Indian journal of veterinary science and animal husbandry - Volume 14,
Year: 1944
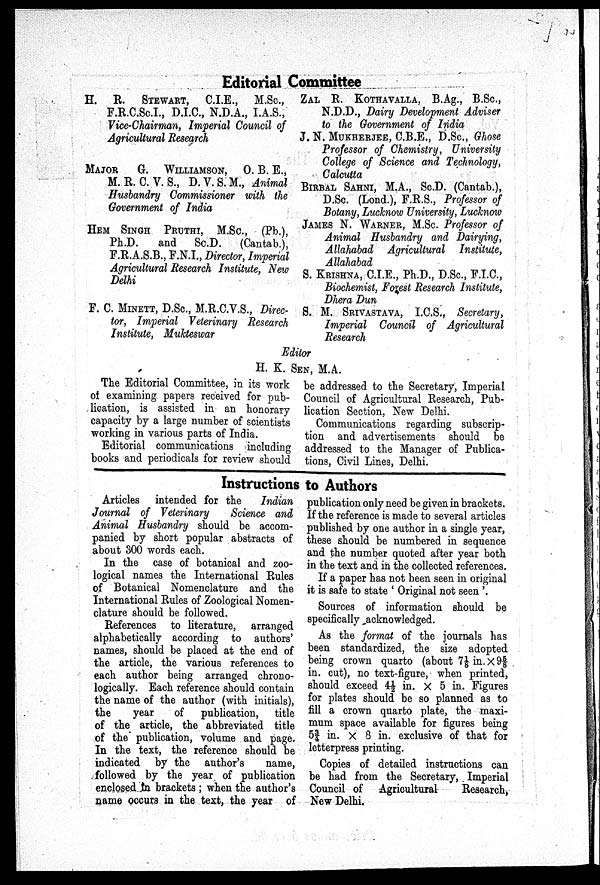
Editorial Committee
H. R.
STEWART,
C.I.E., M.Sc.,
F.R.C.Sc.I., D.I.C., N.D.A., I.A.S.,
Vice-chairman, Imperial Council of
Agricultural Research
MAJOR
G.
WILLIAMSON, O. B. E.,
M. R. C.V.S., D.V.S.M., Animal
Husbandry Commissioner with the
Government of India
HEM SINGH PRUTHI, M.SC., (Pb.),
Ph.D.
and
Sc.D.
(Cantab.),
F.R.A.S.B., F.N.I., Director, Imperial
Agricultural Research Institute, New
Delhi
F. C. MINETT, D.Sc., M.R.C.V.S., Direc-
tor, Imperial Veterinary Research
Institute, Mukteswar
ZAL R. KOTHAVALLA, B.Ag., B.Sc,
N.D.D., Dairy Development Adviser
to the Government of India
J. N. MUKHERJEE, C.B.E., D.Sc., Ghose
Professor of Chemistry, University
College of Science and Technology,
Calcutta
BIRBAL SAHNI, M.A., Sc.D. (Cantab.),
D.Sc. (Lond.), F.R.S., Professor of
Botany, Lucknow University, Luchnow
JAMES N. WARNER, M.Sc. Professor of
Animal Husbandry and Dairying,
Allahabad Agricultural Institute,
Allahabad
S. KRISHNA, C.I.E., Ph.D., D.Sc., F.I.C.,
Biochemist, Forest Research Institute,
Dhera Dun
S. M. SRIVASTAVA, I.C.S., Secretary,
Imperial Council of Agricultural
Research
Editor
H. K. SEN, M.A.
The Editorial Committee, in its work
of examining papers received for pub
lication, is assisted in an honorary
capacity by a large number of scientists
working in various parts of India.
Editorial communications including
books and periodicals for review should
be addressed to the Secretary, Imperial
Council of Agricultural Research, Pub
lication Section, New Delhi.
Communications regarding subscrip
tion and advertisements should be
addressed to the Manager of Publica
tions, Civil Lines, Delhi.
Instructions to Authors
Articles intended for the
Indian
Journal of Veterinary
Science and
Animal Husbandry should be accom
panied by short popular abstracts of
about 300 words each.
In the case of botanical and zoo
logical names the International Rules
of Botanical Nomenclature and the
International Rules of Zoological Nomen
clature should be followed.
References to literature, arranged
alphabetically according to authors'
names, should be placed at the end of
the article, the various references to
each author being arranged chrono
logically. Each reference should contain
the name of the author (with initials),
the
year
of
publication, title
of the article, the abbreviated title
of the publication, volume and page.
In the text, the reference should be
indicated by the author's
name,
followed by the year of publication
enclosed in brackets; when the author's
name occurs in the text, the year of
publication only need be given in brackets.
If the reference is made to several articles
published by one author in a single year,
these should be numbered in sequence
and the number quoted after year both
in the text and in the collected references.
If a paper has not been seen in original
it is safe to state 'Original not seen '.
Sources of information should be
specifically acknowledged.
As the format of the journals has
been standardized, the size adopted
being crown quarto (about 7⅛ in. × 9⅝
in. cut), no text-figure, when printed,
should exceed 4½ in. × 5 in. Figures
for plates should be so planned as to
fill a crown quarto plate, the maxi
mum space available for figures being
53/4 in. × 8 in. exclusive of that for
letterpress printing.
Copies of detailed instructions can
be had from the Secretary, Imperial
Council of Agricultural
Research,
New Delhi.